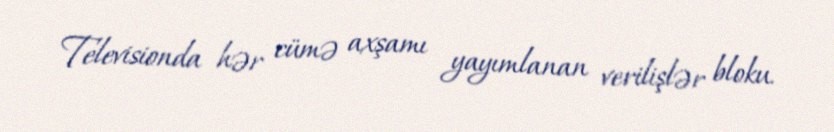
Televisionda hər cümə axşamı yayımlanan verilişlər bloku.